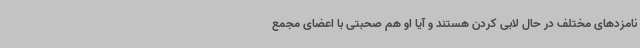
نامزدهای مختلف در حال لابی کردن هستند و آیا او هم صحبتی با اعضای مجمع